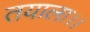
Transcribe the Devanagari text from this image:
तयाला।।